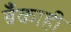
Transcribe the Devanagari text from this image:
बँकाही